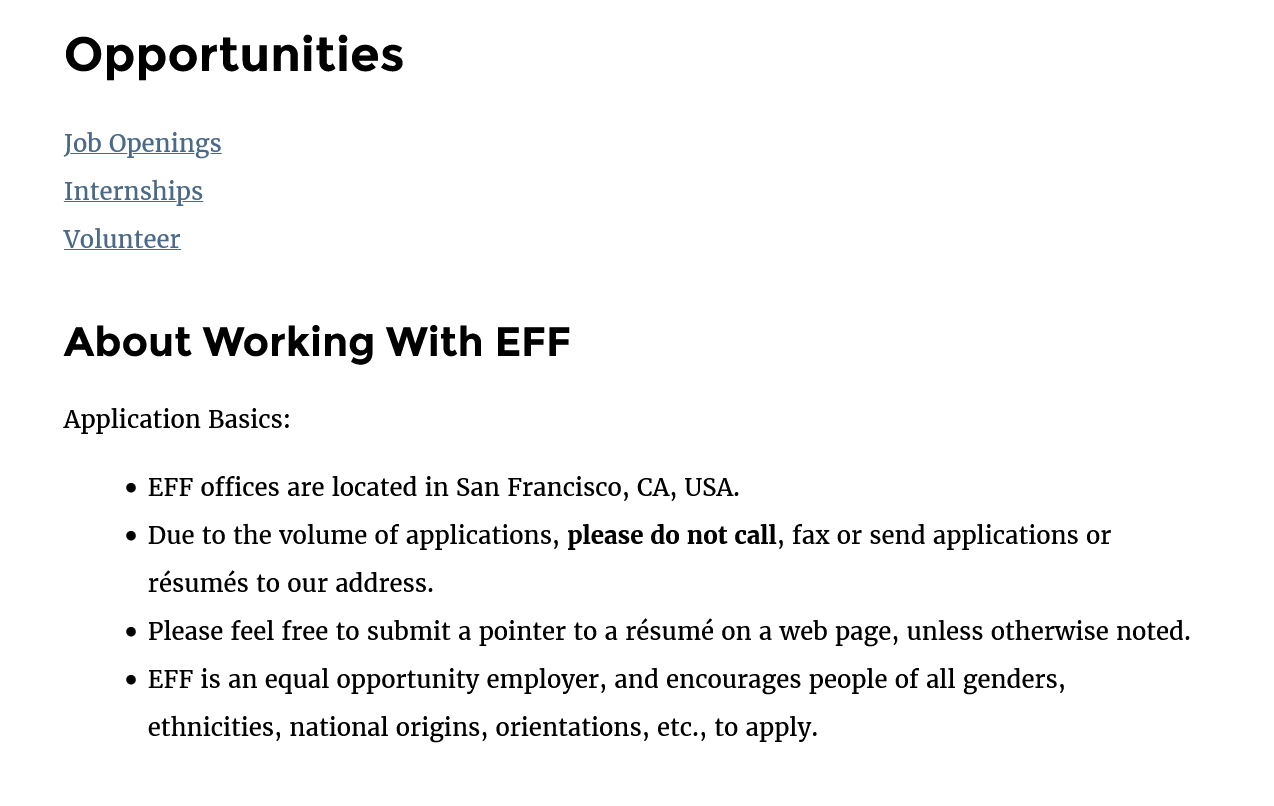
Opportunities
     Application Basics:
     e EFF offices are located in San Francisco, CA, USA.
     © Due to the volume of applications, please do not call, fax or send applications or
     résumés to our address.
     ¢ Please feel free to submit a pointer to a résumé on a web page, unless otherwise noted.
     e EFF is an equal opportunity employer, and encourages people of all genders,
     ethnicities, national origins, orientations, etc., to apply.
     About    Working    With   EFF
     Job Openings
     Internships
     Volunteer